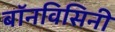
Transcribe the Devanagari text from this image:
बॉनविसिनी